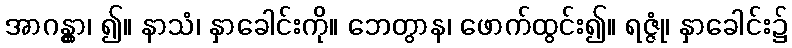
အာဂန္တွာ၊ ၍။ နာသံ၊ နှာခေါင်းကို။ ဘေတွာန၊ ဖောက်ထွင်း၍။ ရဇ္ဇုံ၊ နှာခေါင်း၌